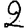
Digit: 2